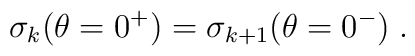
\sigma_k(\theta=0^+)=\sigma_{k+1}(\theta=0^-)\; .